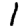
Digit: 1